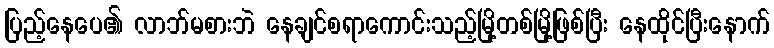
ပြည့်နေပေ၏ လာဘ်မစားဘဲ နေချင်စရာကောင်းသည့်မြို့တစ်မြို့ဖြစ်ပြီး နေထိုင်ပြီးနောက်